Jaan_Tonisson_(Lasteleht), lk 357
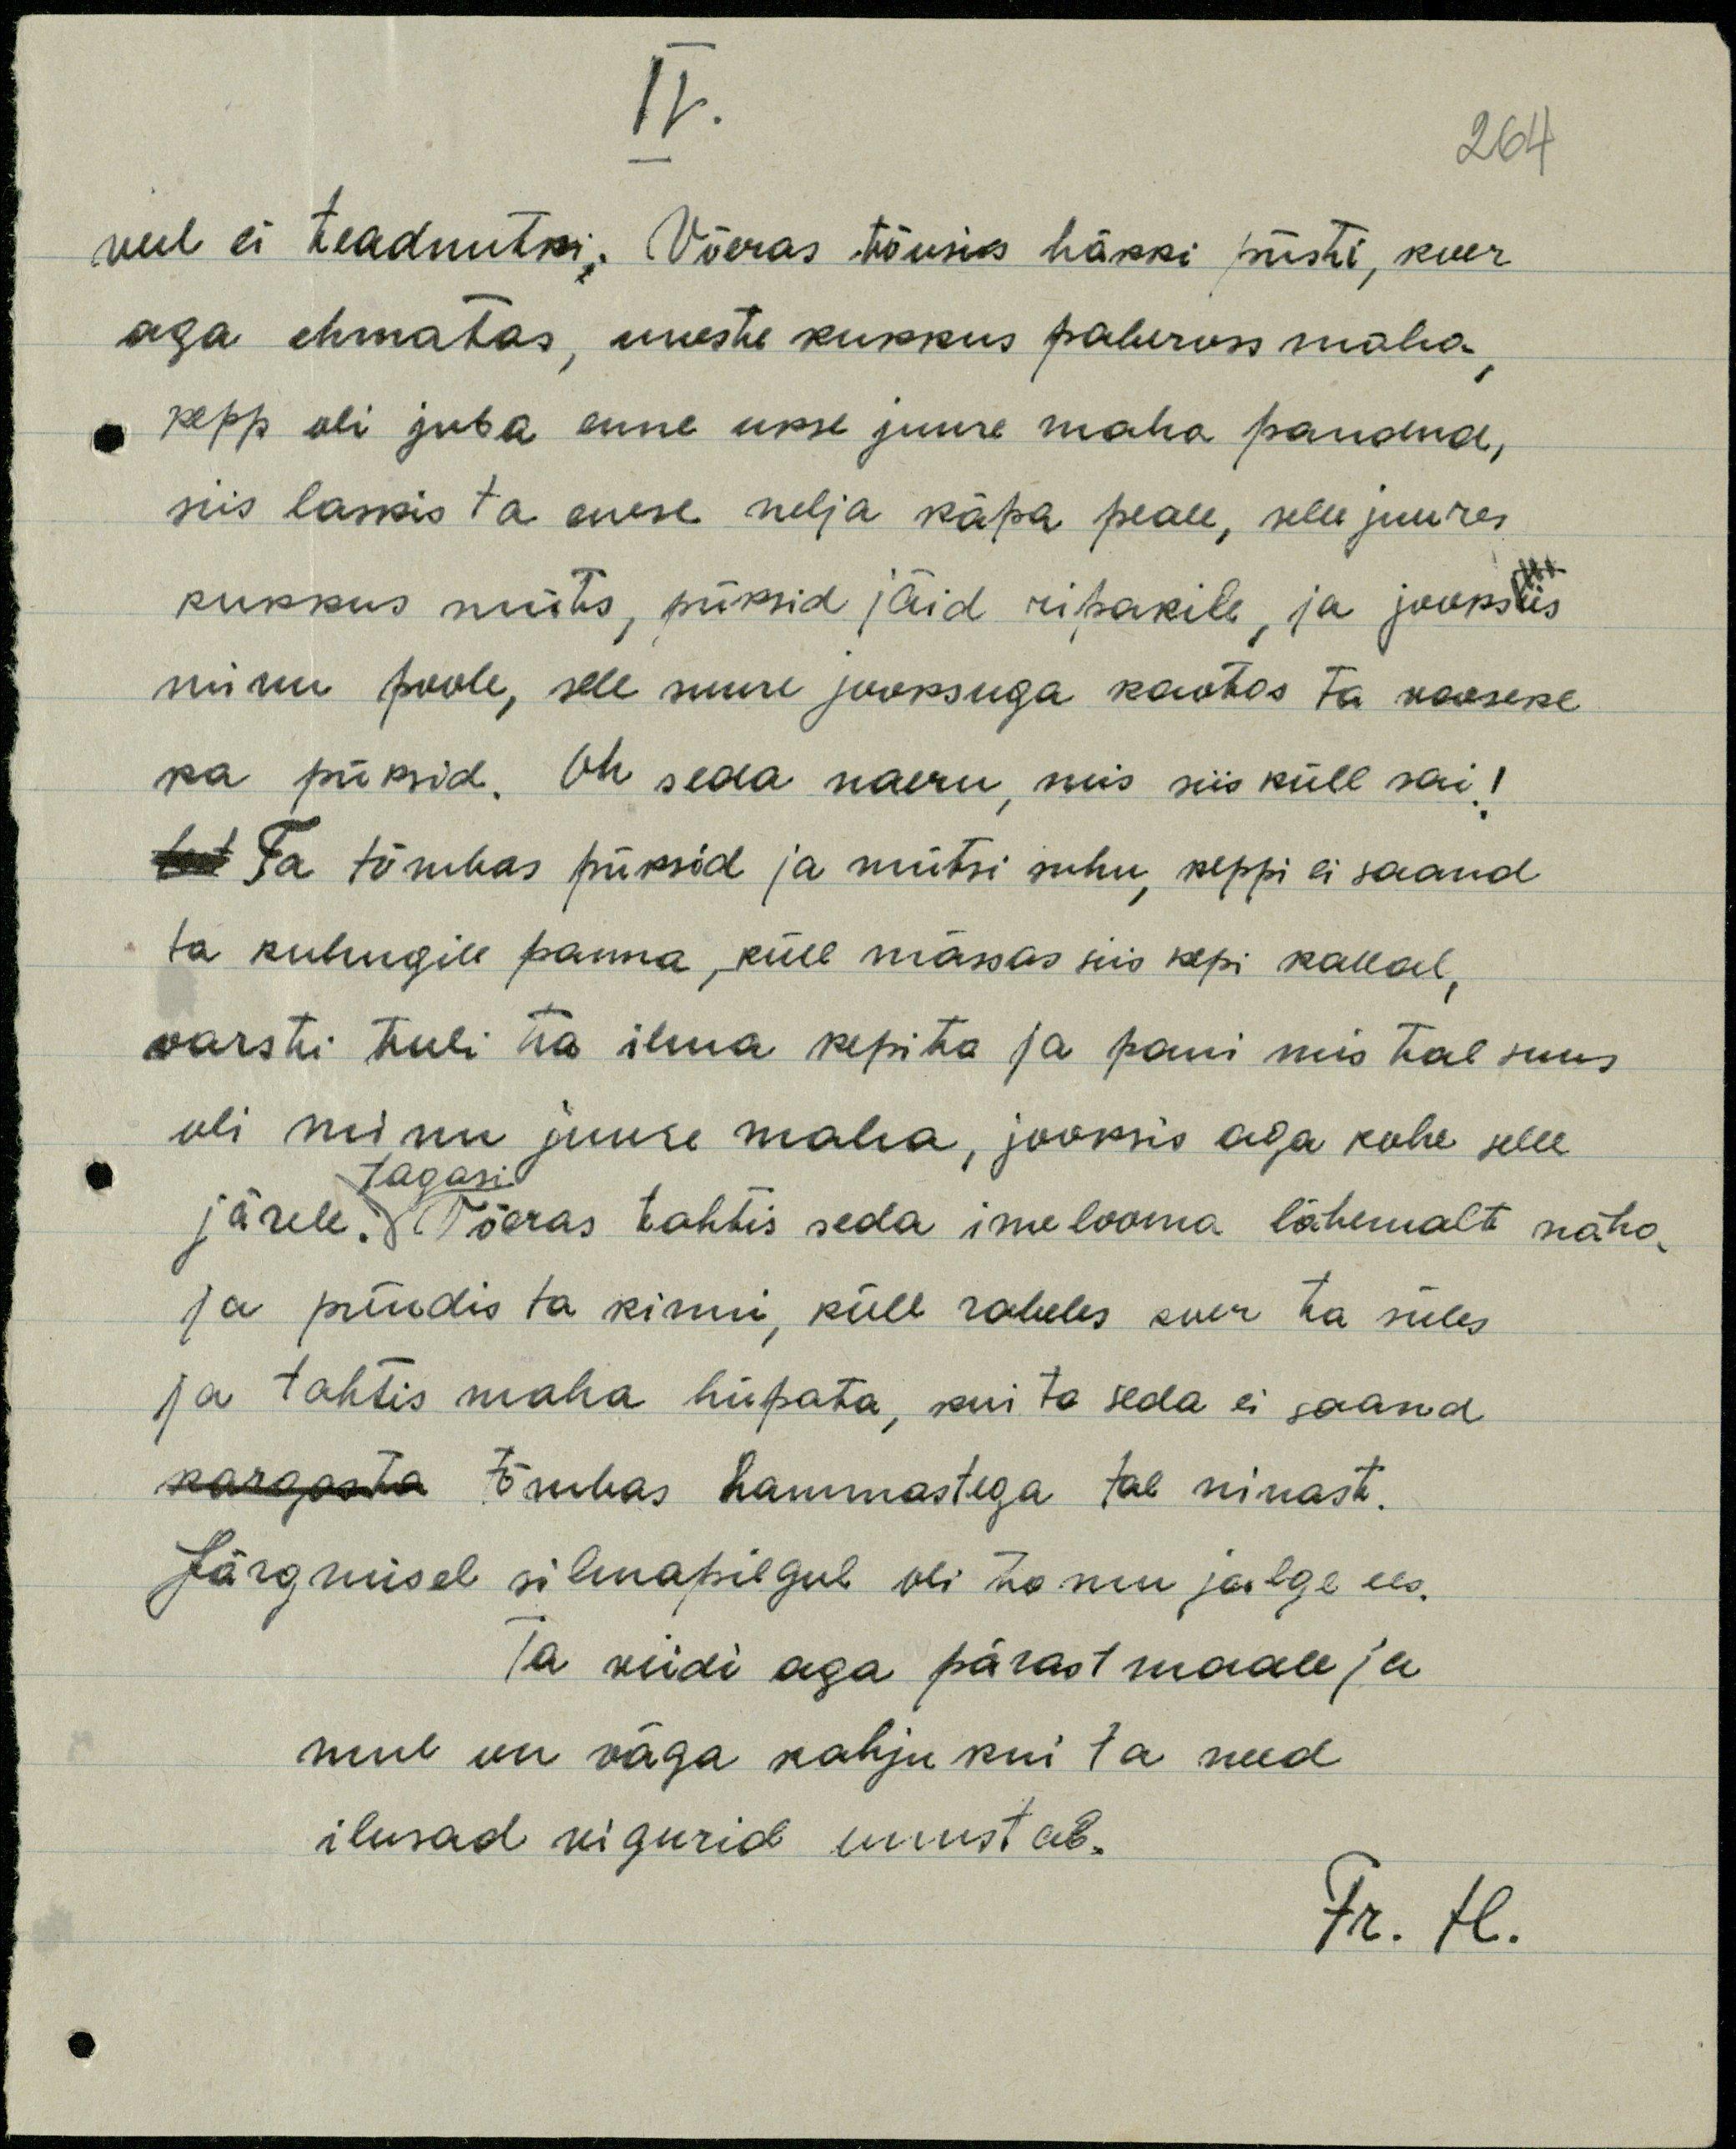
IV.
264
veel ei teadnutki. Võeras tõusis häkki püsti, koer
aga ehmatas, uueste kukkus pabeross maha
kepp oli juba enne ukse juure maha pandud,
siis laskis ta enese nelja käpa peale, selle juures
kukkus müts, püksid jäid ripakile, ja jooksis
minu poole, selle suure jooksuga kaotas ta vaeseke
ka püksid. On seda naeru, mis siis küll sai!
Ta tõmbas püksid ja mütsi suhu keppi ei saand
ta kuhugile panna, küll mässas siis kepi kallal,
warsti tuli ta ilma kepita ja pani mis tal suus
oli minu juure maha, jooksis aga kohe selle
tagasi
järele. Võeras tahtis seda imelooma lähemalt näha-
ja püüdis ta kinni, küll rabeles koer ta üles
ja tahtis maha hüpata, kui ta seda ei saand
tõmbas hammastega tal ninast.
Järgmisel silmapilgul oli ta mu jalge ees.
Ta viidi aga pärast maale ja
mul on väga kahju kui ta need
ilusad vigurid unustab.
Fr. H.